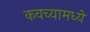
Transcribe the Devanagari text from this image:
कवच्यामध्ये